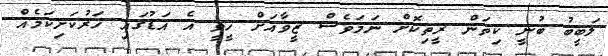
ލަބީބު ބުނީ ކިތަން ރީތިކޮށް ނަމަވެސް ޒީވާއަށް ހީވީ އެ އަޑުގައި ހަރުކަށިކަމެއް